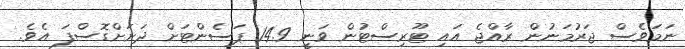
ނަމަވެސް ޖަރުމަނުން ރާއްޖެ އައި ޓޫރިސްޓުން ވަނީ 14.9 ޕަސެންޓަށް ދަށަށްގޮސްފަ އެވެ.